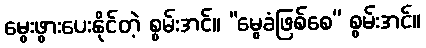
မွေးဖွားပေးနိုင်တဲ့ စွမ်းအင်။ “မွေခံဖြစ်စေ” စွမ်းအင်။